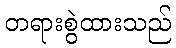
တရားစွဲထားသည်